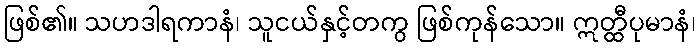
ဖြစ်၏။ သဟဒါရကာနံ၊ သူငယ်နှင့်တကွ ဖြစ်ကုန်သော။ ဣတ္ထီပုမာနံ၊